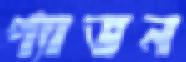
প্যাভন